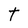
Character: t